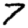
Digit: 7